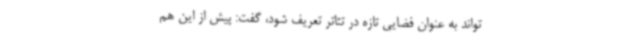
‌تواند به عنوان فضایی تازه در تئاتر تعریف شود، گفت: پیش از این هم